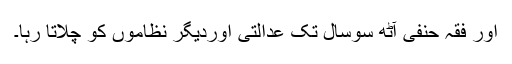
اور فقہ حنفی آٹھ سوسال تک عدالتی اوردیگر نظاموں کو چلاتا رہا۔